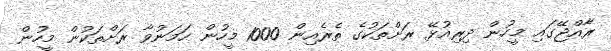
ރާއްޖޭގައި މީހުން ދިރިއުޅޭ ރަށްތަކުގެ ތެރެއިން 1000 މީހުން ހަމަނުވާ ރަށްތަކުން މީހުން